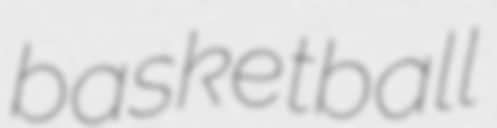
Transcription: basketball